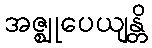
အဇ္ဈုပေယျန္တိ